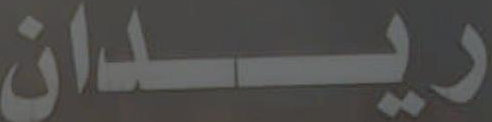
ريدان